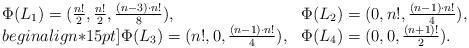
LaTeX: \begin{align*}\begin{array}{l l}\Phi(L_1)=(\frac{n!}{2},\frac{n!}{2},\frac{(n-3)\cdot n!}{8}),&\Phi(L_2)=(0,n!,\frac{(n-1)\cdot n!}{4}),\\begin{align*}15pt]\Phi(L_3)=(n!,0,\frac{(n-1)\cdot n!}{4}),&\Phi(L_4)=(0,0,\frac{(n+1)!}{2}).\end{array}\end{align*}